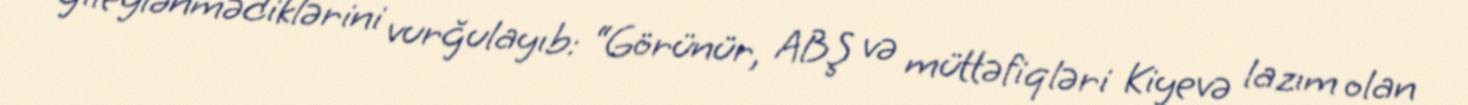
gileylənmədiklərini vurğulayıb: “Görünür, ABŞ və müttəfiqləri Kiyevə lazım olan